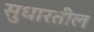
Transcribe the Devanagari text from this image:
सुधारतील